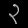
Digit: ၃